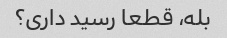
بله، قطعا رسید داری؟